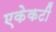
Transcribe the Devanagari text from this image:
एकेकटीं